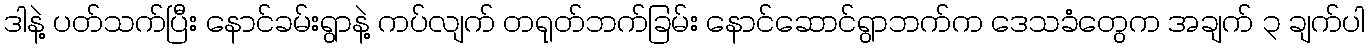
ဒါနဲ့ ပတ်သက်ပြီး နောင်ခမ်းရွာနဲ့ ကပ်လျက် တရုတ်ဘက်ခြမ်း နောင်ဆောင်ရွာဘက်က ဒေသခံတွေက အချက် ၃ ချက်ပါ